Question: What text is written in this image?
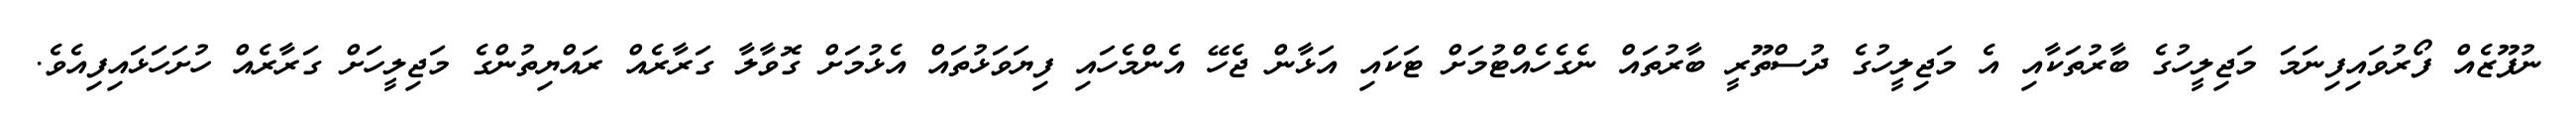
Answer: ނުފޫޒެއް ފޯރުވައިފިނަމަ މަޖިލީހުގެ ބާރުތަކާއި އެ މަޖިލީހުގެ ދުސްތޫރީ ބާރުތައް ނެގެހެއްޓުމަށް ޓަކައި އަޅާން ޖެހޭ އެންމެހައި ފިޔަވަޅުތައް އެޅުމަށް ގޮވާލާ ގަރާރެއް ރައްޔިތުންގެ މަޖިލީހަށް ގަރާރެއް ހުށަހަޅައިފިއެވެ.